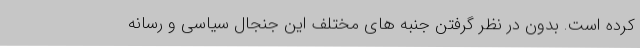
کرده است. بدون در نظر گرفتن جنبه های مختلف این جنجال سیاسی و رسانه